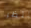
ننتظر